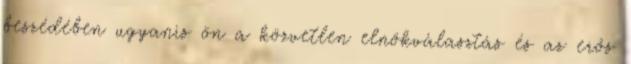
beszédében ugyanis ön a közvetlen elnökválasztás és az erős